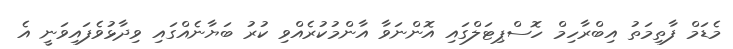
މެޑަމް ފާތިމަތު އިބްރާހިމް ހޮސްޕިޓަލްގައި އޮންނަވާ އާންމުކުރެއްވި ކުރު ބަޔާނެއްގައި ވިދާޅުވެފައިވަނީ އެ